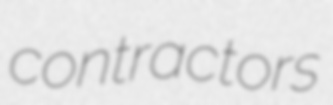
contractors